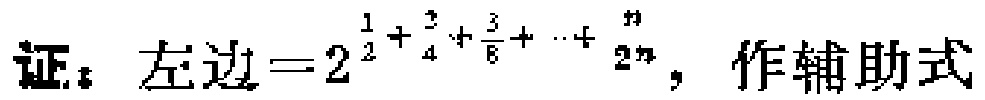
证：左边\(=2^{\frac{1}{2}+\frac{2}{4}+\frac{3}{8}+\cdots+\frac{n}{2^{n}}}\)，作辅助式